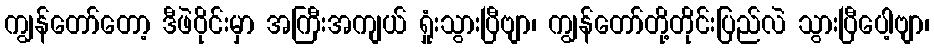
ကျွန်တော်တော့ ဒီဖဲဝိုင်းမှာ အကြီးအကျယ် ရှုံးသွားပြီဗျာ၊ ကျွန်တော်တို့တိုင်းပြည်လဲ သွားပြီပေါ့ဗျာ၊